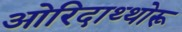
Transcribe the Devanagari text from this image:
ओरिदाथ्थोरू